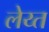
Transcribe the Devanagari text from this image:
लेय्त